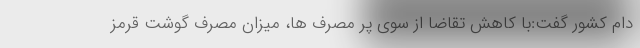
دام کشور گفت:با کاهش تقاضا از سوی پر مصرف ها، میزان مصرف گوشت قرمز